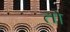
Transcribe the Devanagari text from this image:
तोे